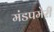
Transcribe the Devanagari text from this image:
मंडपमेरी